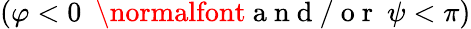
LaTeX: (\varphi<0~\mathrm{~\normalfont~a~n~d~/~o~r~}~\psi<\pi)